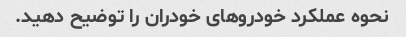
نحوه عملکرد خودروهای خودران را توضیح دهید.